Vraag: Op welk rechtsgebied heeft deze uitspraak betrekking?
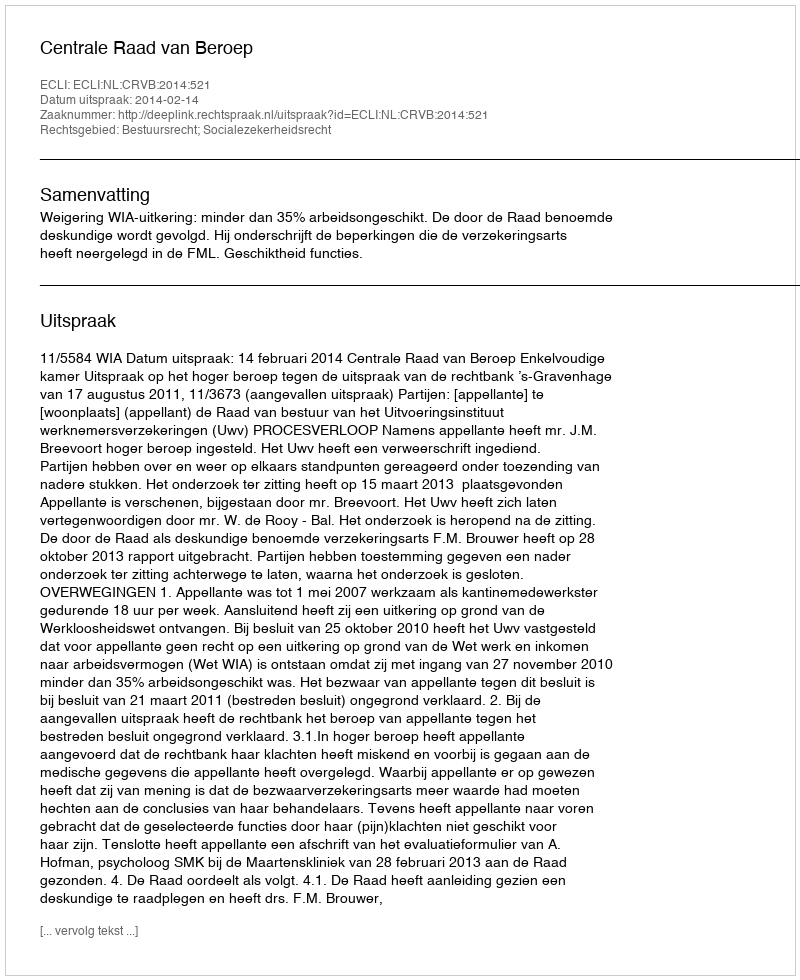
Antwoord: Bestuursrecht; Socialezekerheidsrecht